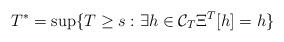
LaTeX: \begin{align*}T^*=\sup \{ T \ge s : \exists h \in \mathcal{C}_T \Xi^T[h]=h \}\end{align*}